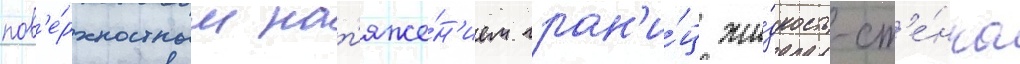
пов'е́рхностным нат'яже́н'ием гран'и́ц жи́дкость-ст'е́нка